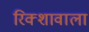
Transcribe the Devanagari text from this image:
रिक्शावाला